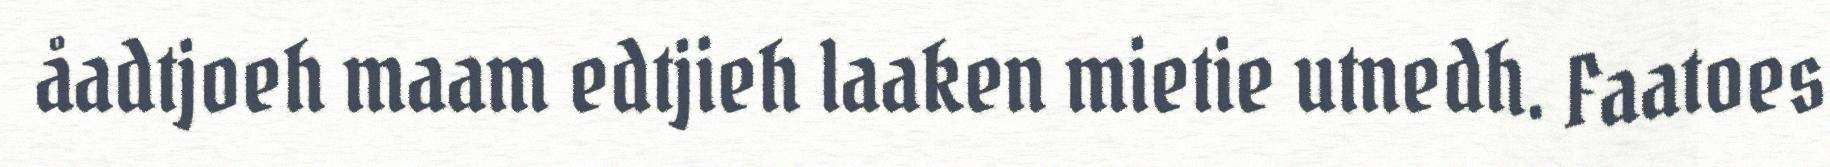
åadtjoeh maam edtjieh laaken mietie utnedh. Faatoes